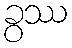
ခွဿ